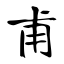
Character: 甫